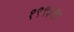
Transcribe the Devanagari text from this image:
१९९३ला